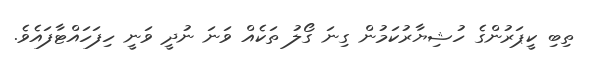
ތިބި ކީޕަރުންގެ ހުޝިޔާރުކަމުން ގިނަ ގޯލު ތަކެއް ވަނަ ނުދީ ވަނީ ހިފަހައްޓާފައެވެ.